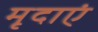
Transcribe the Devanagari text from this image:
मृदाएं